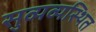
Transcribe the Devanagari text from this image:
सुव्यव्यस्थित